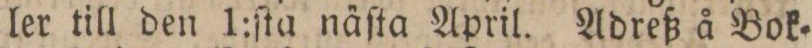
ler till den 1:ſta näſta April. Adreß å Bok=